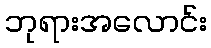
ဘုရားအလောင်း